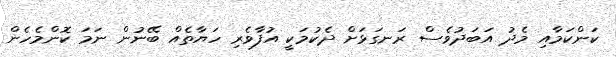
ކަންކަމާއި މެދު އަބަދުވެސް ރަނގަޅަށް ދެކުމަކީ އުފާވެރި ހަޔާތެއް ބޭނުން ނަމަ ކޮންމެހެން